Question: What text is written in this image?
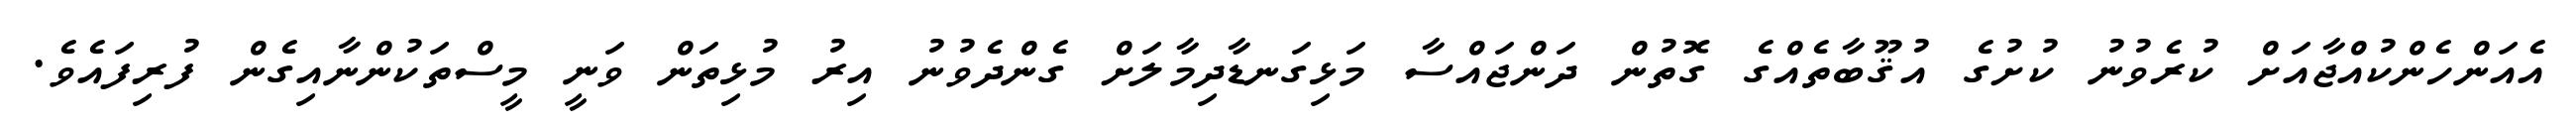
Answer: އެއަންހެންކުއްޖާއަށް ކުރެވުނު ކުށުގެ އުޤޫބާތެއްގެ ގޮތުން ދަންޖައްސާ މަޅިގަނޑާދިމާލަށް ގެންދެވުނު އިރު މުޅިތަން ވަނީ މީސްތަކުންނާއިގެން ފުރިފައެވެ.